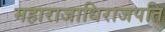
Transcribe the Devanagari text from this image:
महाराजाधिराजपति